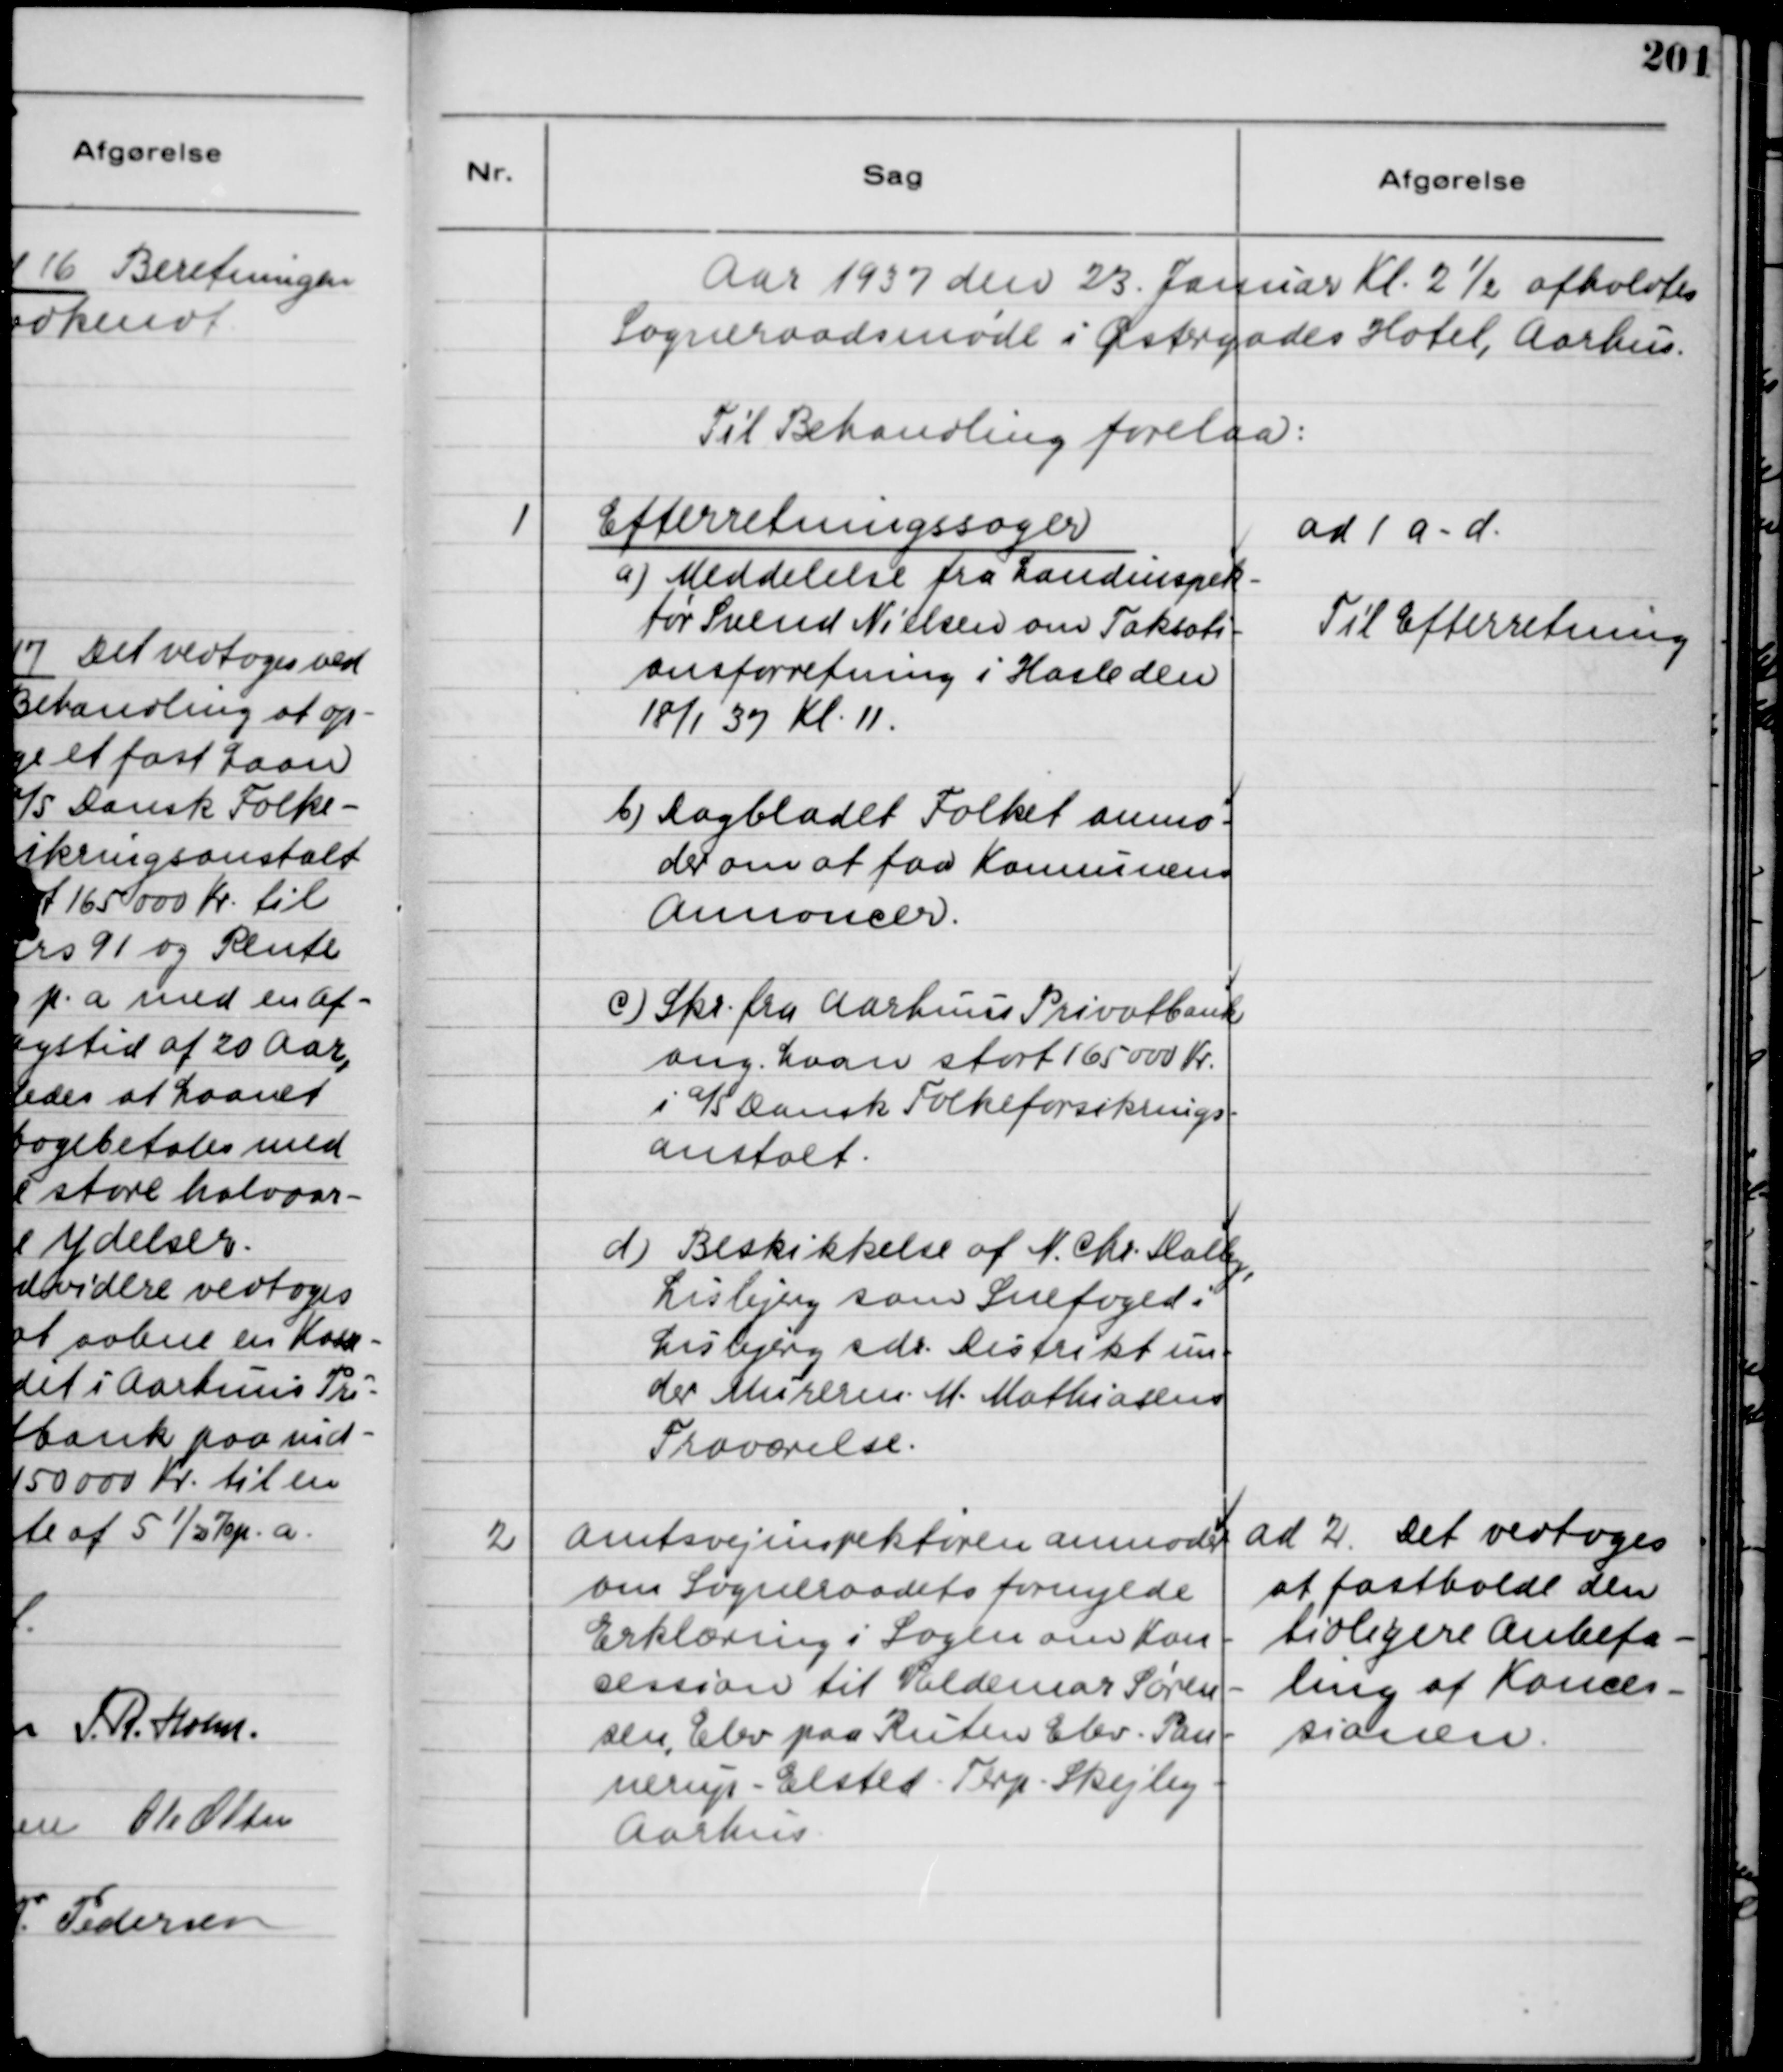
Transskription:
Aar 1937 den 23. Januar Kl. 2½ afholdtes
Sogneraadsmøde i Østergades Hotel, Aarhus.
Til Behandling forelaa:

1
Efterretningssager
a) Meddelelse fra Landinspek-
tør Svend Nielsen om Taksati-
onsforretning i Hasle den
18/1 37 Kl. 11.
b) Dagbladet Folket anmo-
der om at faa Konnunens
Annoncer.
c) Skr. fra Aarhuus Privatbank
ang. Laan stort 165000 Kr.
i a/s Dansk Folkeforsikrings-
anstalt.
d) Beskikkelse af N. Chr. Dalby,
Lisbjerg som Snefoged i
Lisbjerg sdr. Distrikt un-
der Mureren. M. Mathiasens
Fraværelse.

ad 1 a-d.
Til Efterretning

2
Amtsvejinspektøren anmoder
om Sogneraadets fornyede
Erklæring i Sagen om Kon-
cession til Valdemar Søren-
sen, Elev paa Ruten Elev - Pan-
nerup - Elsted - Terp - Skejby -
Aarhus.

ad 2. Det vedtoges
at fastholde den
tidligere Anbefa-
ling af Konces-
sionen.